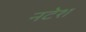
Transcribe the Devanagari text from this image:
नटेश